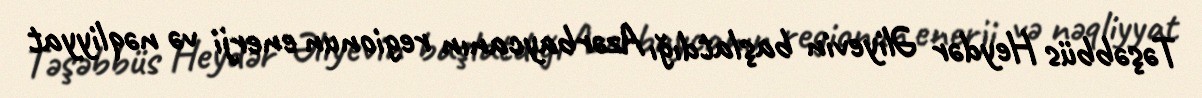
Təşəbbüs Heydər Əliyevin başlatdığı Azərbaycanın regionun enerji və nəqliyyat